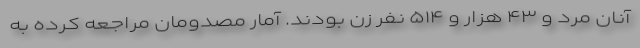
آنان مرد و ۴۳ هزار و ۵۱۴ نفر زن بودند. آمار مصدومان مراجعه کرده به